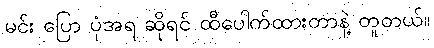
မင်း ပြော ပုံအရ ဆိုရင် ထီပေါက်ထားတာနဲ့ တူတယ်။